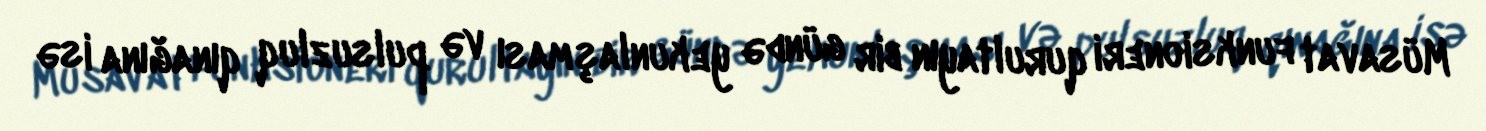
Müsavat funksioneri qurultayın bir gündə yekunlaşması və pulsuzluq qınağına isə